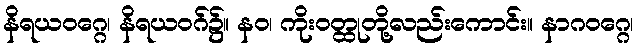
နိရယဝဂ္ဂေ၊ နိရယဝဂ်၌။ နဝ၊ ကိုးဝတ္ထုတို့လည်းကောင်း။ နာဂဝဂ္ဂေ၊